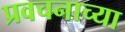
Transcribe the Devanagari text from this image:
प्रवचनाच्या